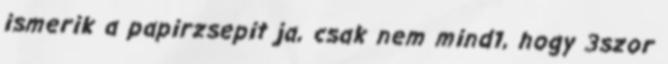
ismerik a papirzsepit ja, csak nem mind1, hogy 3szor